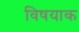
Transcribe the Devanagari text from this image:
विषयाक